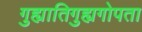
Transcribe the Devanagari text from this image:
गुह्यातिगुह्यगोपता